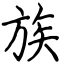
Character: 族